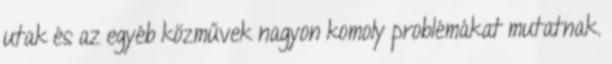
utak és az egyéb közművek nagyon komoly problémákat mutatnak.